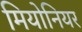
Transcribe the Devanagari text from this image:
मियोनियर